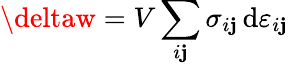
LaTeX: \deltaw=V\sum_{i\mathbf{j}}\sigma_{i\mathbf{j}}\, \mathrm{{d}}\varepsilon_{i\mathbf{j}}